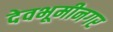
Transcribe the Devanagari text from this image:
देवभूमीनगर